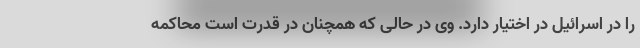
را در اسرائیل در اختیار دارد. وی در حالی که همچنان در قدرت است محاکمه